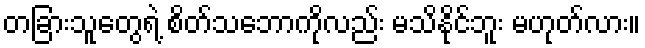
တခြားသူတွေရဲ့ စိတ်သဘောကိုလည်း မသိနိုင်ဘူး မဟုတ်လား။